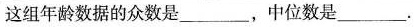
这组年龄数据的众数是___，中位数是___.